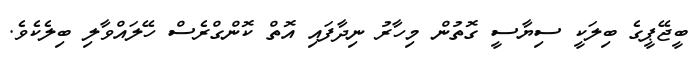
ބީޖޭޕީގެ ބިލަކީ ސިޔާސީ ގޮތުން މިހާރު ނިދާފައި އޮތް ކޮންގްރެސް ހޭލައްވާލި ބިލެކެވެ.